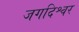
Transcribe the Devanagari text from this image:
जगदिश्वर